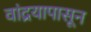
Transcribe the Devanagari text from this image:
वांद्रयापासून